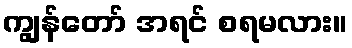
ကျွန်တော် အရင် စရမလား။